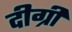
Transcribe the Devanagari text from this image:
दीग्री